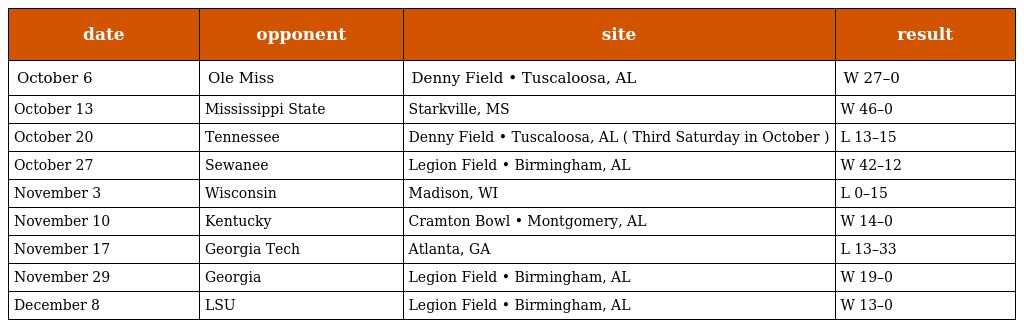
| date | opponent | site | result |
 | --- | --- | --- | --- |
 | October 6 | Ole Miss | Denny Field • Tuscaloosa, AL | W 27–0 |
 | October 13 | Mississippi State | Starkville, MS | W 46–0 |
 | October 20 | Tennessee | Denny Field • Tuscaloosa, AL ( Third Saturday in October ) | L 13–15 |
 | October 27 | Sewanee | Legion Field • Birmingham, AL | W 42–12 |
 | November 3 | Wisconsin | Madison, WI | L 0–15 |
 | November 10 | Kentucky | Cramton Bowl • Montgomery, AL | W 14–0 |
 | November 17 | Georgia Tech | Atlanta, GA | L 13–33 |
 | November 29 | Georgia | Legion Field • Birmingham, AL | W 19–0 |
 | December 8 | LSU | Legion Field • Birmingham, AL | W 13–0 |